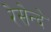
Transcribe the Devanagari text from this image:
रेसेन्दे